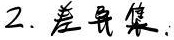
2. 差异集：